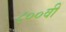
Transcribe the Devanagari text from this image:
८००वीं